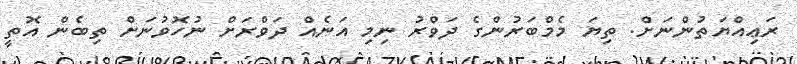
ރަޢިއްޔަތުންނަށް. ތިޔަ މެމްބަރުންގެ ދަވްރު ނިމި އަނެއް ދަވްރަށް ނުހޮވުނަށް ތިބެން އޮތީ